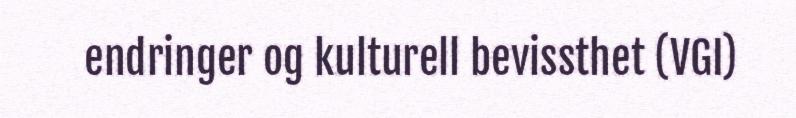
endringer og kulturell bevissthet (VGI)